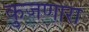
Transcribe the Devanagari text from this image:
कुजणारा